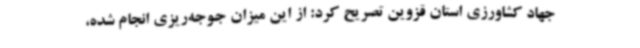
جهاد کشاورزی استان قزوین تصریح کرد: از این میزان جوجه‌ریزی انجام شده،